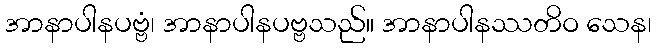
အာနာပါနပဗ္ဗံ၊ အာနာပါနပဗ္ဗသည်။ အာနာပါနဿတိဝ သေန၊